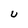
Character: U